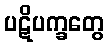
ပဋိပက္ခတွေ